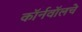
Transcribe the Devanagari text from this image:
कॉर्नवॉलचे